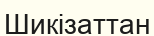
Шикізаттан